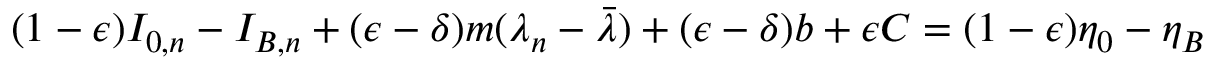
( 1 - \epsilon ) I _ { 0 , n } - I _ { B , n } + ( \epsilon - \delta ) m ( \lambda _ { n } - \bar { \lambda } ) + ( \epsilon - \delta ) b + \epsilon C = ( 1 - \epsilon ) \eta _ { 0 } - \eta _ { B }